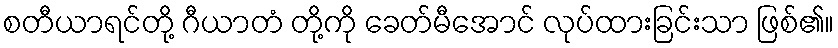
စတီယာရင်တို့ ဂီယာတံ တို့ကို ခေတ်မီအောင် လုပ်ထားခြင်းသာ ဖြစ်၏။